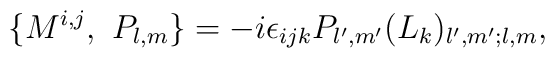
\{ M^{i,j},\ P_{l,m}\} = -i\epsilon_{ijk}P_{l^{\prime},m^{\prime}} (L_k)_{l^{\prime},m^{\prime};l,m},